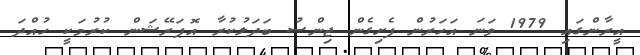
އީރާންގައި 1979 ވަނަ އަހަރުން ފެށިގެން ޖިންސު ބަދަލުކުރާ އޮޕަރޭޝަން ކުރުމަކީ ހުއްދަ